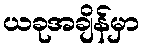
ယခုအချိန်မှာ